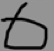
6